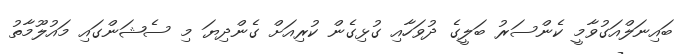
ބައިނަލްއަގުވާމީ ކެންސަރު ބަލީގެ ދުވަހާއި ގުޅިގެން ކުރިއަށް ގެންދިޔަ މި ސެޝަންގައި މައުލޫމާތު